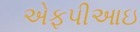
એફપીઆઇ